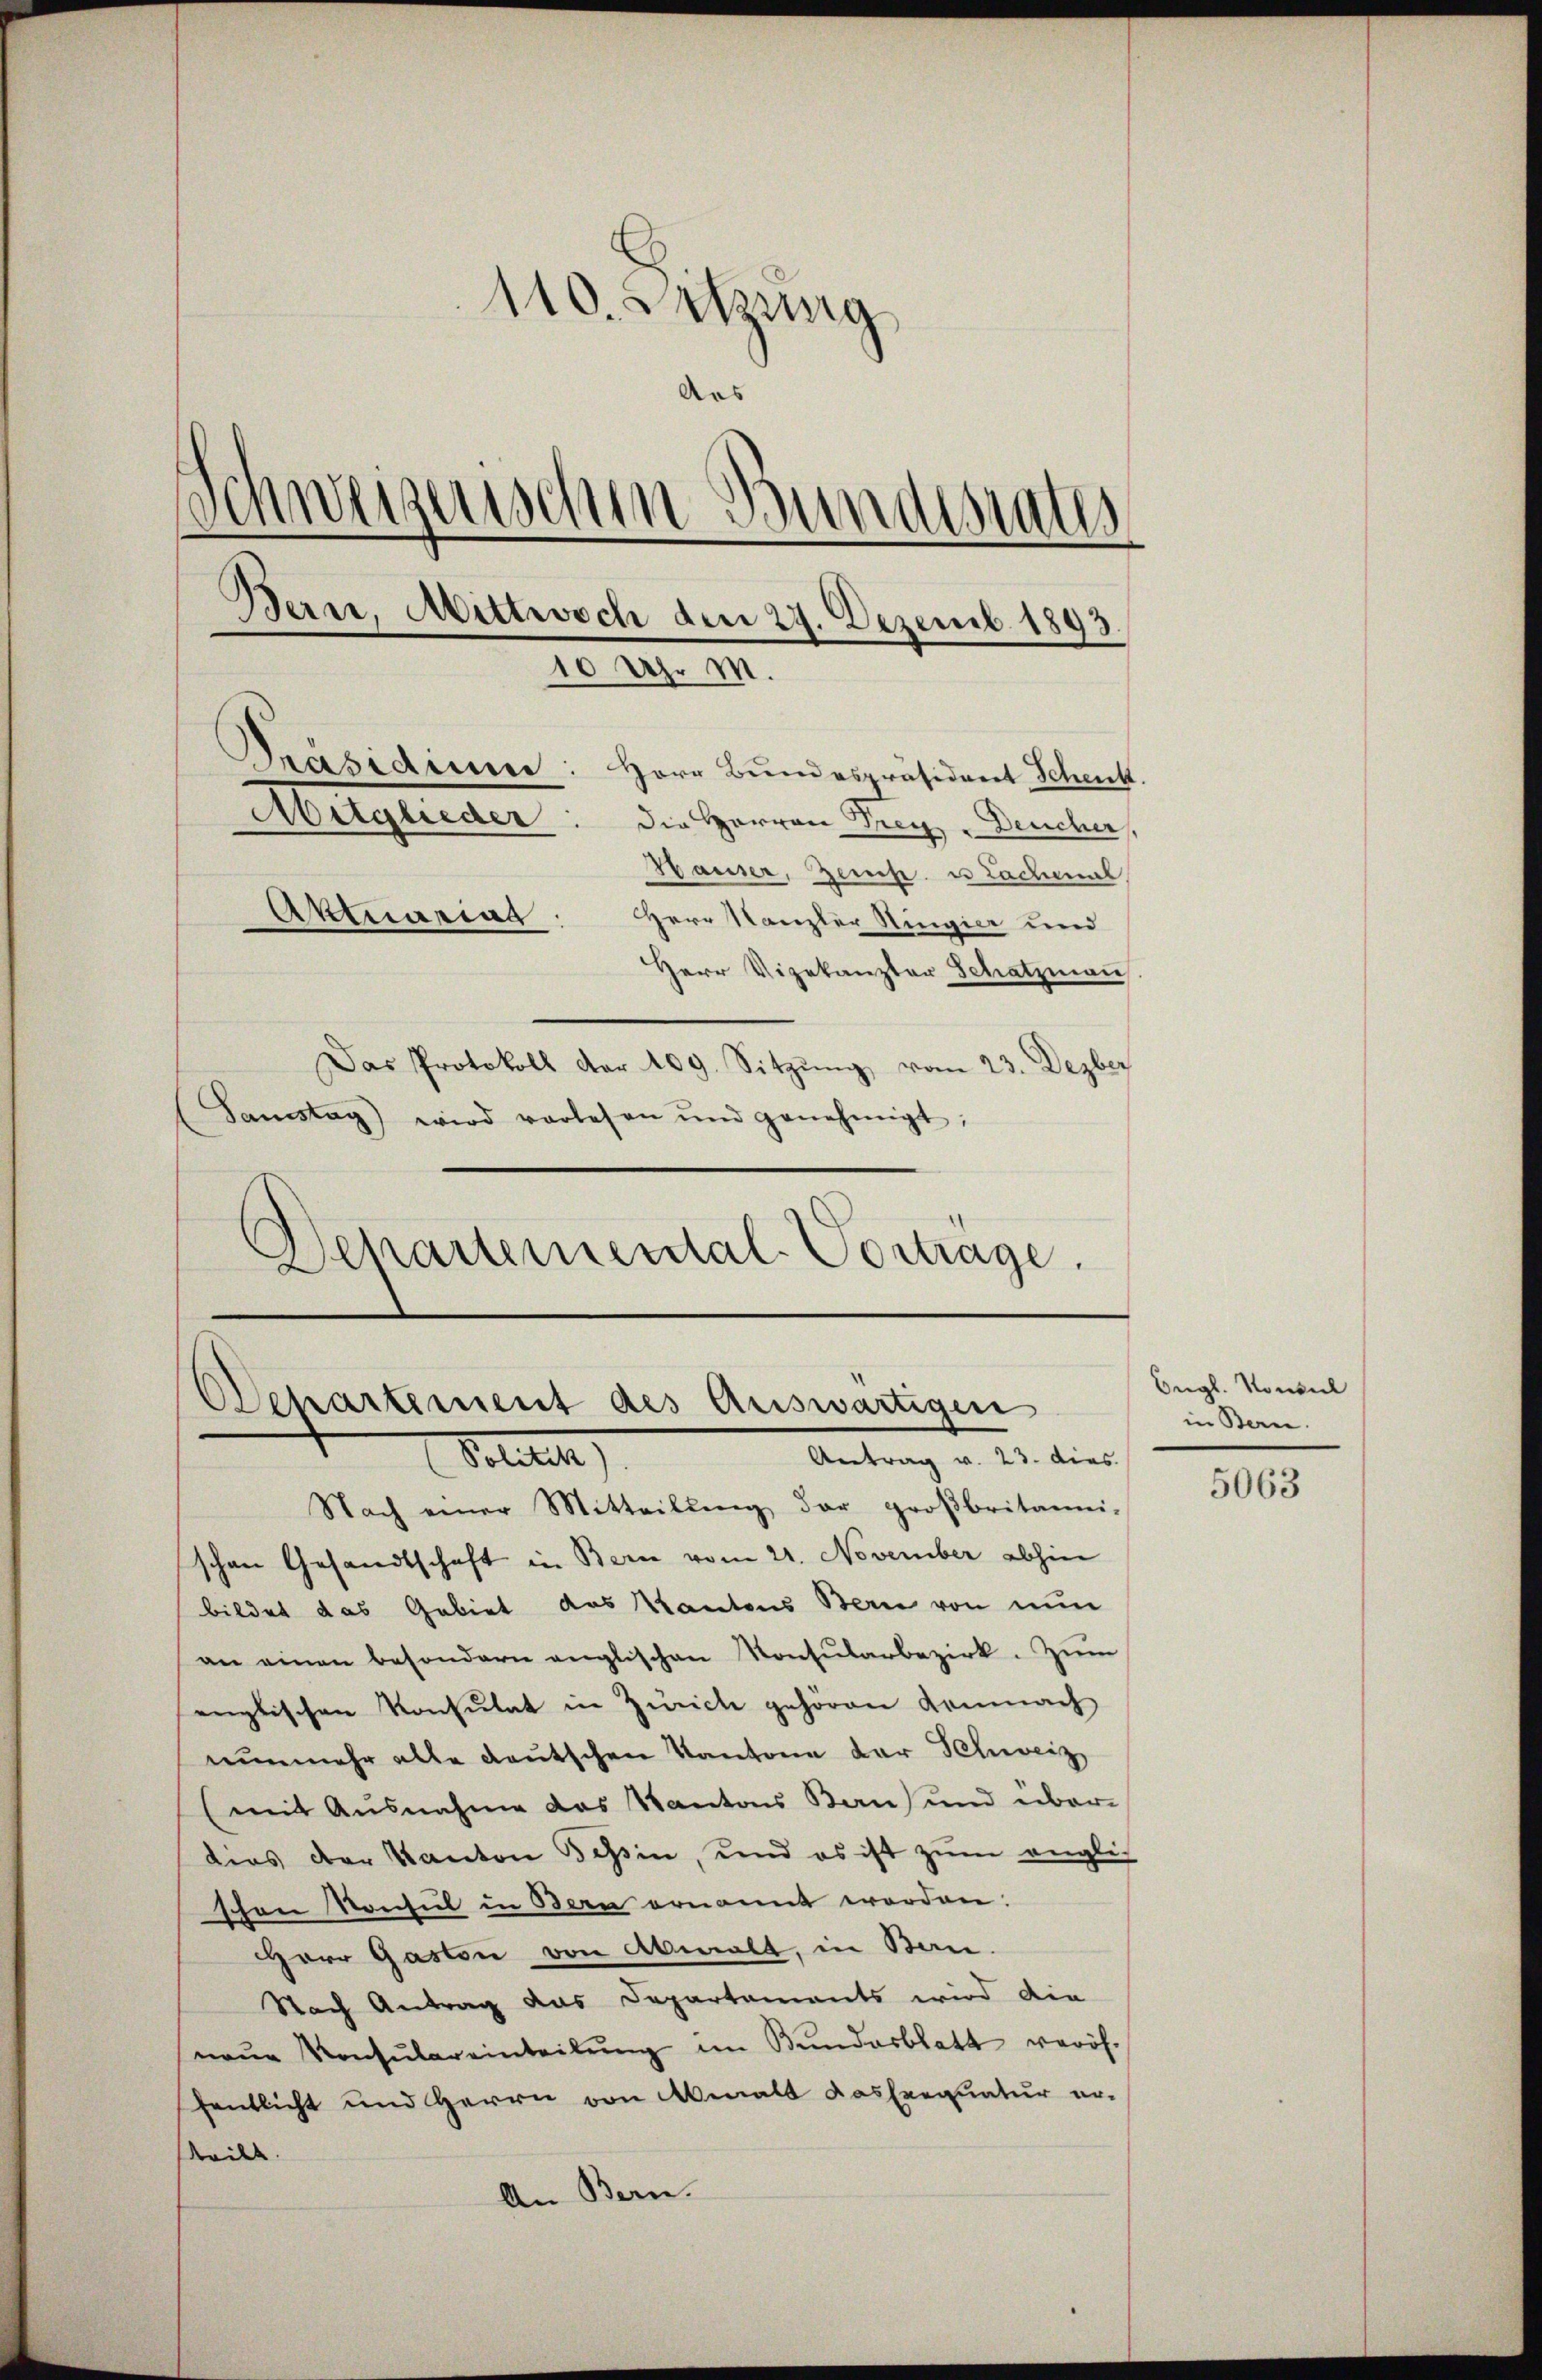
110. Sitzung
das
schweizerischen Bundesrates
Bern, Mittwoch den 27. Dezemb. 1893.
10 Uhr M.
Präsidium: Herr Bundespräsident Schenk.
Mitglieder: die Herren Frey-Deucher
Hauser, Zemp. u Lachmal
Aktuariag:
Herr Kanzler Ringier und
Herr Vizekanzler Schatzmann.
Das Protokoll der 109. Sitzŭng vom 23. Dezber
Samstag) wird vorlesen ŭnd genehmigt;

Departemental-Vortrage.
Ochartement des Auswärtigen
Antrag v. 23. dies
Sollte

Nach einer Mitteilŭng der groβbritanni-
schen Gesandtschaft in Bern vom 21. November abhin
bildet das Gebiet das Kantons Bern von nun
an einen besondern englischen Konsŭlarbezirk. Zŭm
englischen Konsulat in Zürich gehören Kemnach
nunmehr alle deutschen Kantone der Schweiz
(mit Ausnahme das Kantons Bau) und über-
dies der Kanton Bessin, und es ist zŭm englis
schon Konsul in Bern ernannt worden.
Herr Gaston von Abmalt, in Ban
Nach Antrag das Departements wird die
neŭe Konsŭlareinteilŭng im Bundesblatt veröffentlicht und Herrn von Menalt das Exequatur er-
steilt.
An Bern.

Engl. Konsul
in Bern.

5063